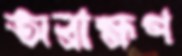
অব্রাহ্মণ